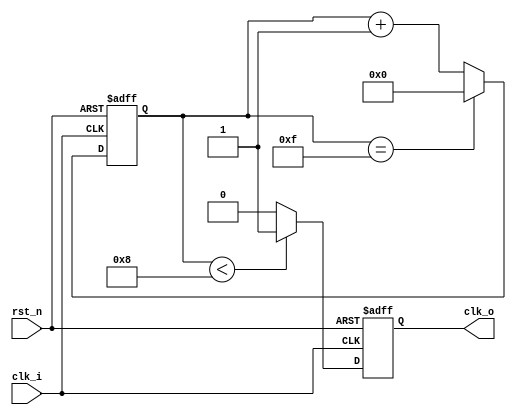
`timescale 1ns / 1ps
//////////////////////////////////////////////////////////////////////////////////
// Company:
// Engineer:
//
// Design Name:
// Module Name: diver
// Project Name:
// Target Devices:
// Tool Versions:
// Description:
//
// Dependencies:
//
// Revision:
// Revision 0.01 - File Created
// Additional Comments:
//
//////////////////////////////////////////////////////////////////////////////////


module diver #(
    parameter integer DIVBASE = 16
)(
    input clk_i,
    input rst_n,
    output clk_o
    );
    reg [$clog2(DIVBASE+1)-1:0] cnt_p;
    reg [$clog2(DIVBASE+1)-1:0] cnt_n;
    reg clk_p;
    reg clk_n;
    assign clk_o=(DIVBASE==1)?clk_i:(DIVBASE[0])?(clk_p|clk_n):(clk_p);
    always@(posedge clk_i or negedge rst_n)
    begin
        if(!rst_n)
            cnt_p<=0;
        else if(cnt_p==(DIVBASE-1))
            cnt_p<=0;
        else
            cnt_p<=cnt_p+1;
    end
    always@(posedge clk_i or negedge rst_n)
    begin
        if(!rst_n)
            clk_p<=1;
        else if(cnt_p<(DIVBASE>>1))
            clk_p<=1;
        else
            clk_p<=0;
    end
    always@(negedge clk_i or negedge rst_n)
    begin
        if(!rst_n)
            cnt_n<=0;
        else if(cnt_n==(DIVBASE-1))
            cnt_n<=0;
        else
            cnt_n<=cnt_n+1;
    end
    always@(negedge clk_i or negedge rst_n) begin
        if(!rst_n)
            clk_n<=1;
        else if(cnt_n<(DIVBASE>>1))
            clk_n<=1;
        else
            clk_n<=0;
    end
endmodule